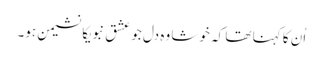
اُن کا کہنا تھا کہ خوشا وہ دل جو عشق نبویکا نشیمن ہو۔